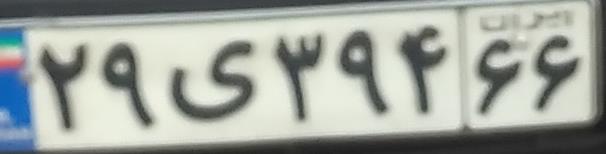
۲۹ی۳۹۴۶۶